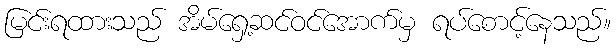
မြင်းရထားသည် အိမ်ရှေ့ဆင်ဝင်အောက်မှ ရပ်စောင့်နေသည်။